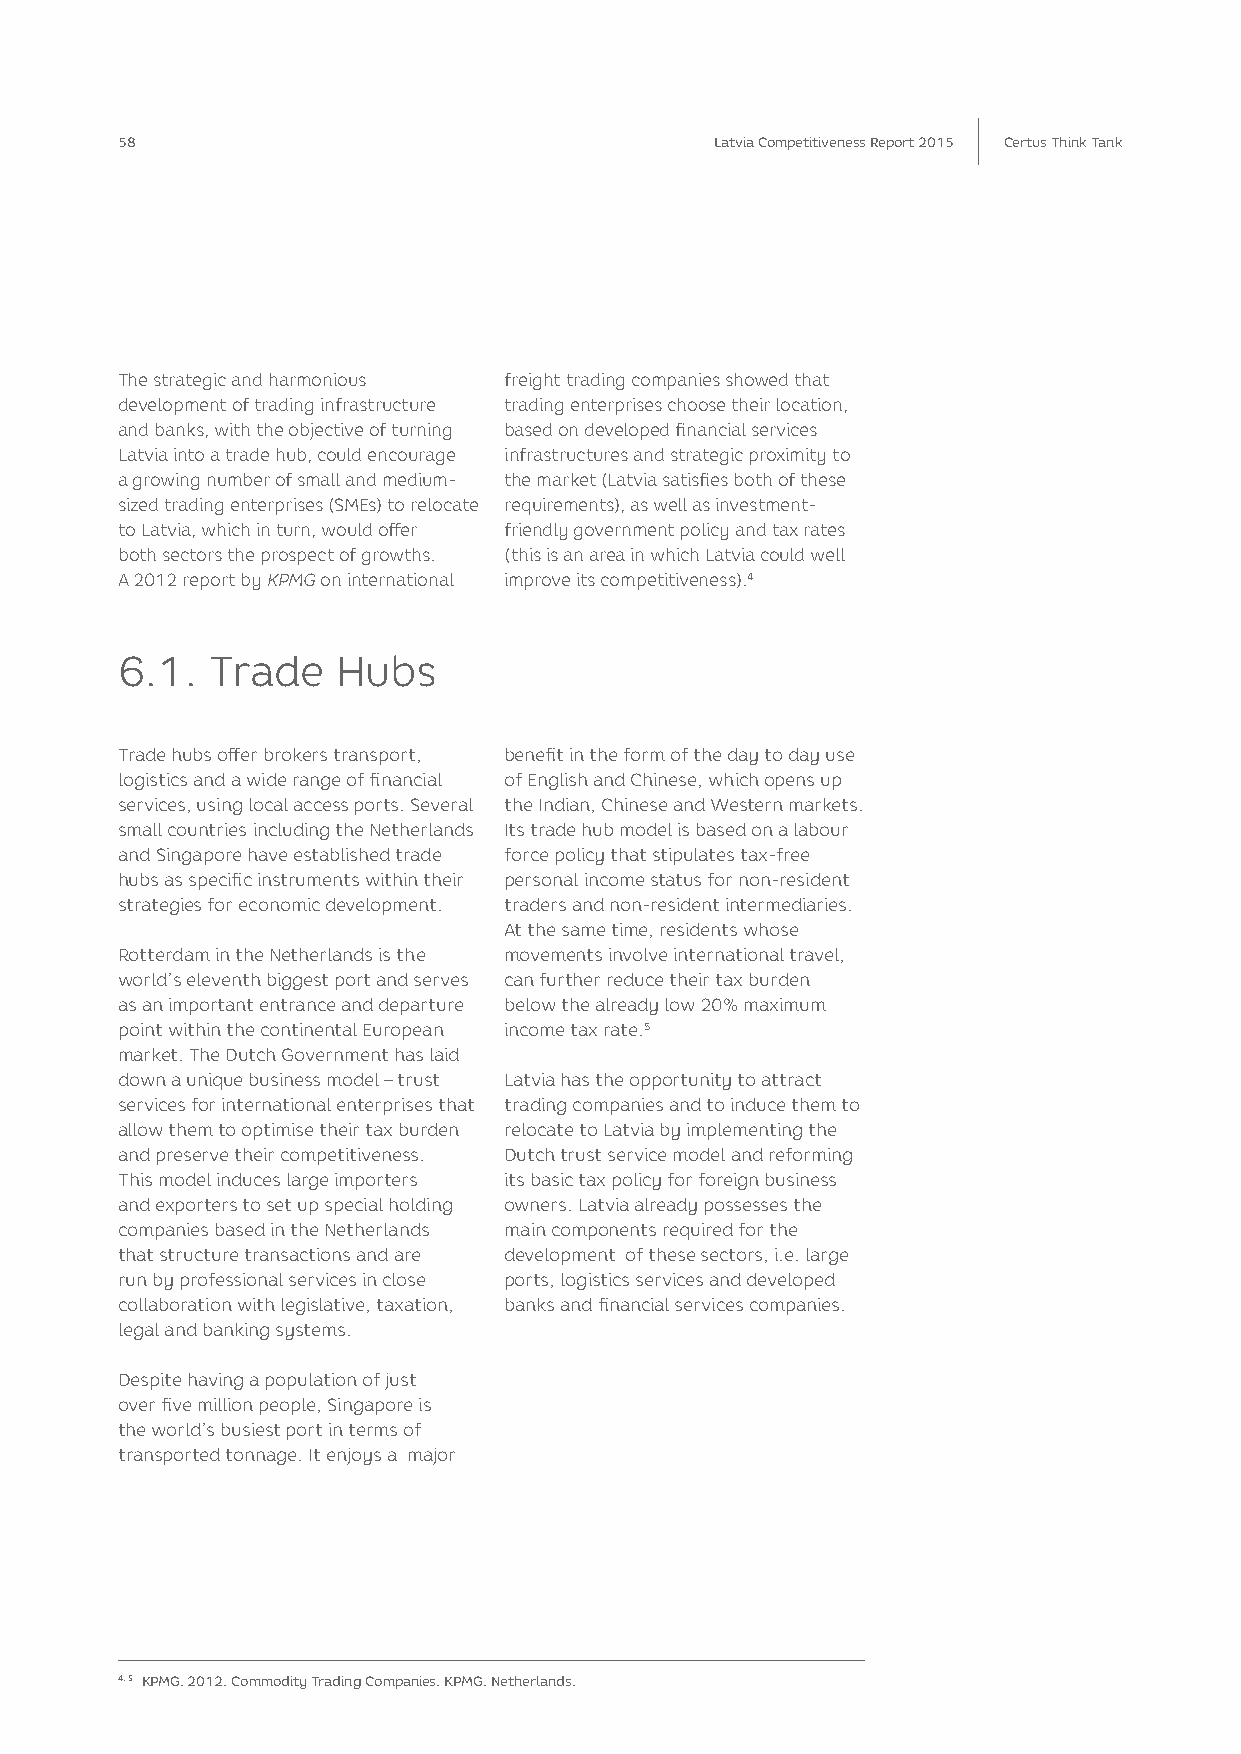
58                                     Latvia Competitiveness Report 2015 Certus Think Tank
 The strategic and harmonious freight trading companies showed that
 development of trading infrastructure trading enterprises choose their location,
 and banks, with the objective of turning based on developed financial services
 Latvia into a trade hub, could encourage infrastructures and strategic proximity to
 a growing number of small and medium- the market (Latvia satisfies both of these
 sized trading enterprises (SMEs) to relocate requirements), as well as investment-
 to Latvia, which in turn, would offer friendly government policy and tax rates
 both sectors the prospect of growths. (this is an area in which Latvia could well
 A 2012 report by KPMG on international improve its competitiveness).4
 6.1.  Trade   Hubs
 Trade hubs offer brokers transport, benefit in the form of the day to day use
 logistics and a wide range of financial of English and Chinese, which opens up
 services, using local access ports. Several the Indian, Chinese and Western markets.
 small countries including the Netherlands Its trade hub model is based on a labour
 and Singapore have established trade force policy that stipulates tax-free
 hubs as specific instruments within their personal income status for non-resident
 strategies for economic development. traders and non-resident intermediaries.
 At the same time, residents whose
 Rotterdam in the Netherlands is the movements involve international travel,
 world’s eleventh biggest port and serves can further reduce their tax burden
 as an important entrance and departure below the already low 20% maximum
 point within the continental European income tax rate.5
 market. The Dutch Government has laid
 down a unique business model – trust Latvia has the opportunity to attract
 services for international enterprises that trading companies and to induce them to
 allow them to optimise their tax burden relocate to Latvia by implementing the
 and preserve their competitiveness. Dutch trust service model and reforming
 This model induces large importers its basic tax policy for foreign business
 and exporters to set up special holding owners. Latvia already possesses the
 companies based in the Netherlands main components required for the
 that structure transactions and are development of these sectors, i.e. large
 run by professional services in close ports, logistics services and developed
 collaboration with legislative, taxation, banks and financial services companies.
 legal and banking systems.
 Despite having a population of just
 over five million people, Singapore is
 the world’s busiest port in terms of
 transported tonnage. It enjoys a major
 4, 5 KPMG. 2012. Commodity Trading Companies. KPMG. Netherlands.